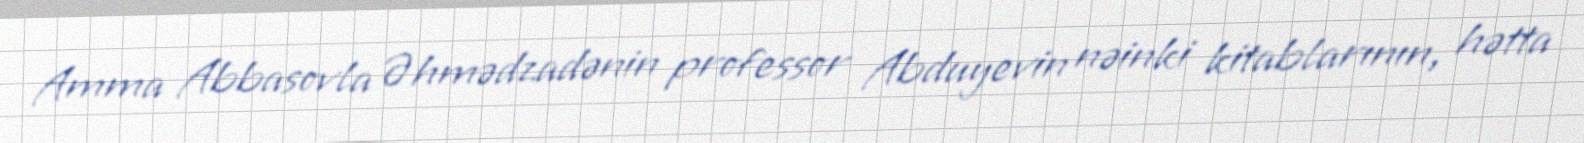
Amma Abbasovla Əhmədzadənin professor Abduyevin nəinki kitablarının, hətta